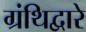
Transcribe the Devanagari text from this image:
ग्रंथिद्वारे